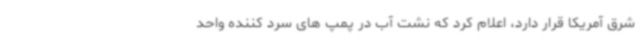
شرق آمریکا قرار دارد، اعلام کرد که نشت آب در پمپ های سرد کننده واحد